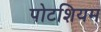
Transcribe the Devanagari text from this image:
पोटशियम